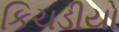
કિચડીયો